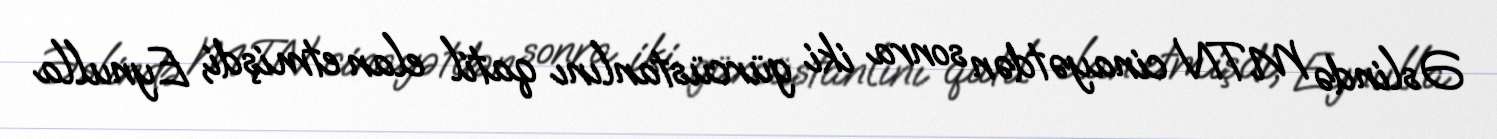
Əslində MTN cinayətdən sonra iki gürcüstanlını qatil elan etmişdi, Eynulla